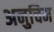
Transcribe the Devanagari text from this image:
अनुचिम